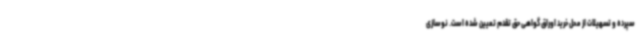
سپرده و تسهیلات از محل خرید اوراق گواهی حق تقدم تعیین شده است. نوسازی